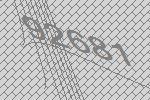
92681